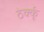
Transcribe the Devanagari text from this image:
ठेर्क्कू